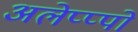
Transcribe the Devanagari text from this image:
अलेप्प्पो